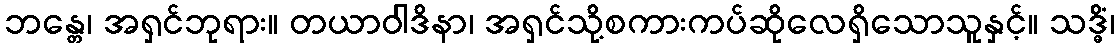
ဘန္တေ၊ အရှင်ဘုရား။ တယာဝါဒိနာ၊ အရှင်သို့စကားကပ်ဆိုလေရှိသောသူနှင့်။ သဒ္ဓိံ၊